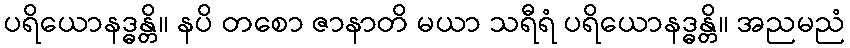
ပရိယောနဒ္ဓန္တိ။ နပိ တစော ဇာနာတိ မယာ သရီရံ ပရိယောနဒ္ဓန္တိ။ အညမညံ